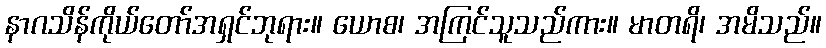
နာဂသိန်ကိုယ်တော်အရှင်ဘုရား။ ယောစ၊ အကြင်သူသည်ကား။ မာတရိ၊ အမိသည်။